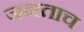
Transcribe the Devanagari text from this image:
जनताच